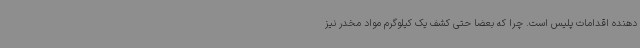
دهنده اقدامات پلیس است. چرا که بعضا حتی کشف یک کیلوگرم مواد مخدر نیز